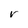
Character: r